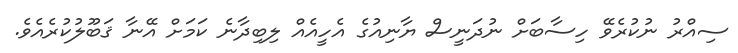
ސިއްރު ނުކުރެވޭ ހިސާބަށް ނުދަނީސް ޔާނިއުގެ އެހީއެއް ލިބިދާނެ ކަމަށް އޭނާ ޤަބޫލުކުރެއެވެ.